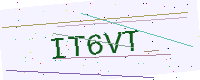
Text: IT6VT